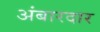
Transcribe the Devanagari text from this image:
अंबारदार